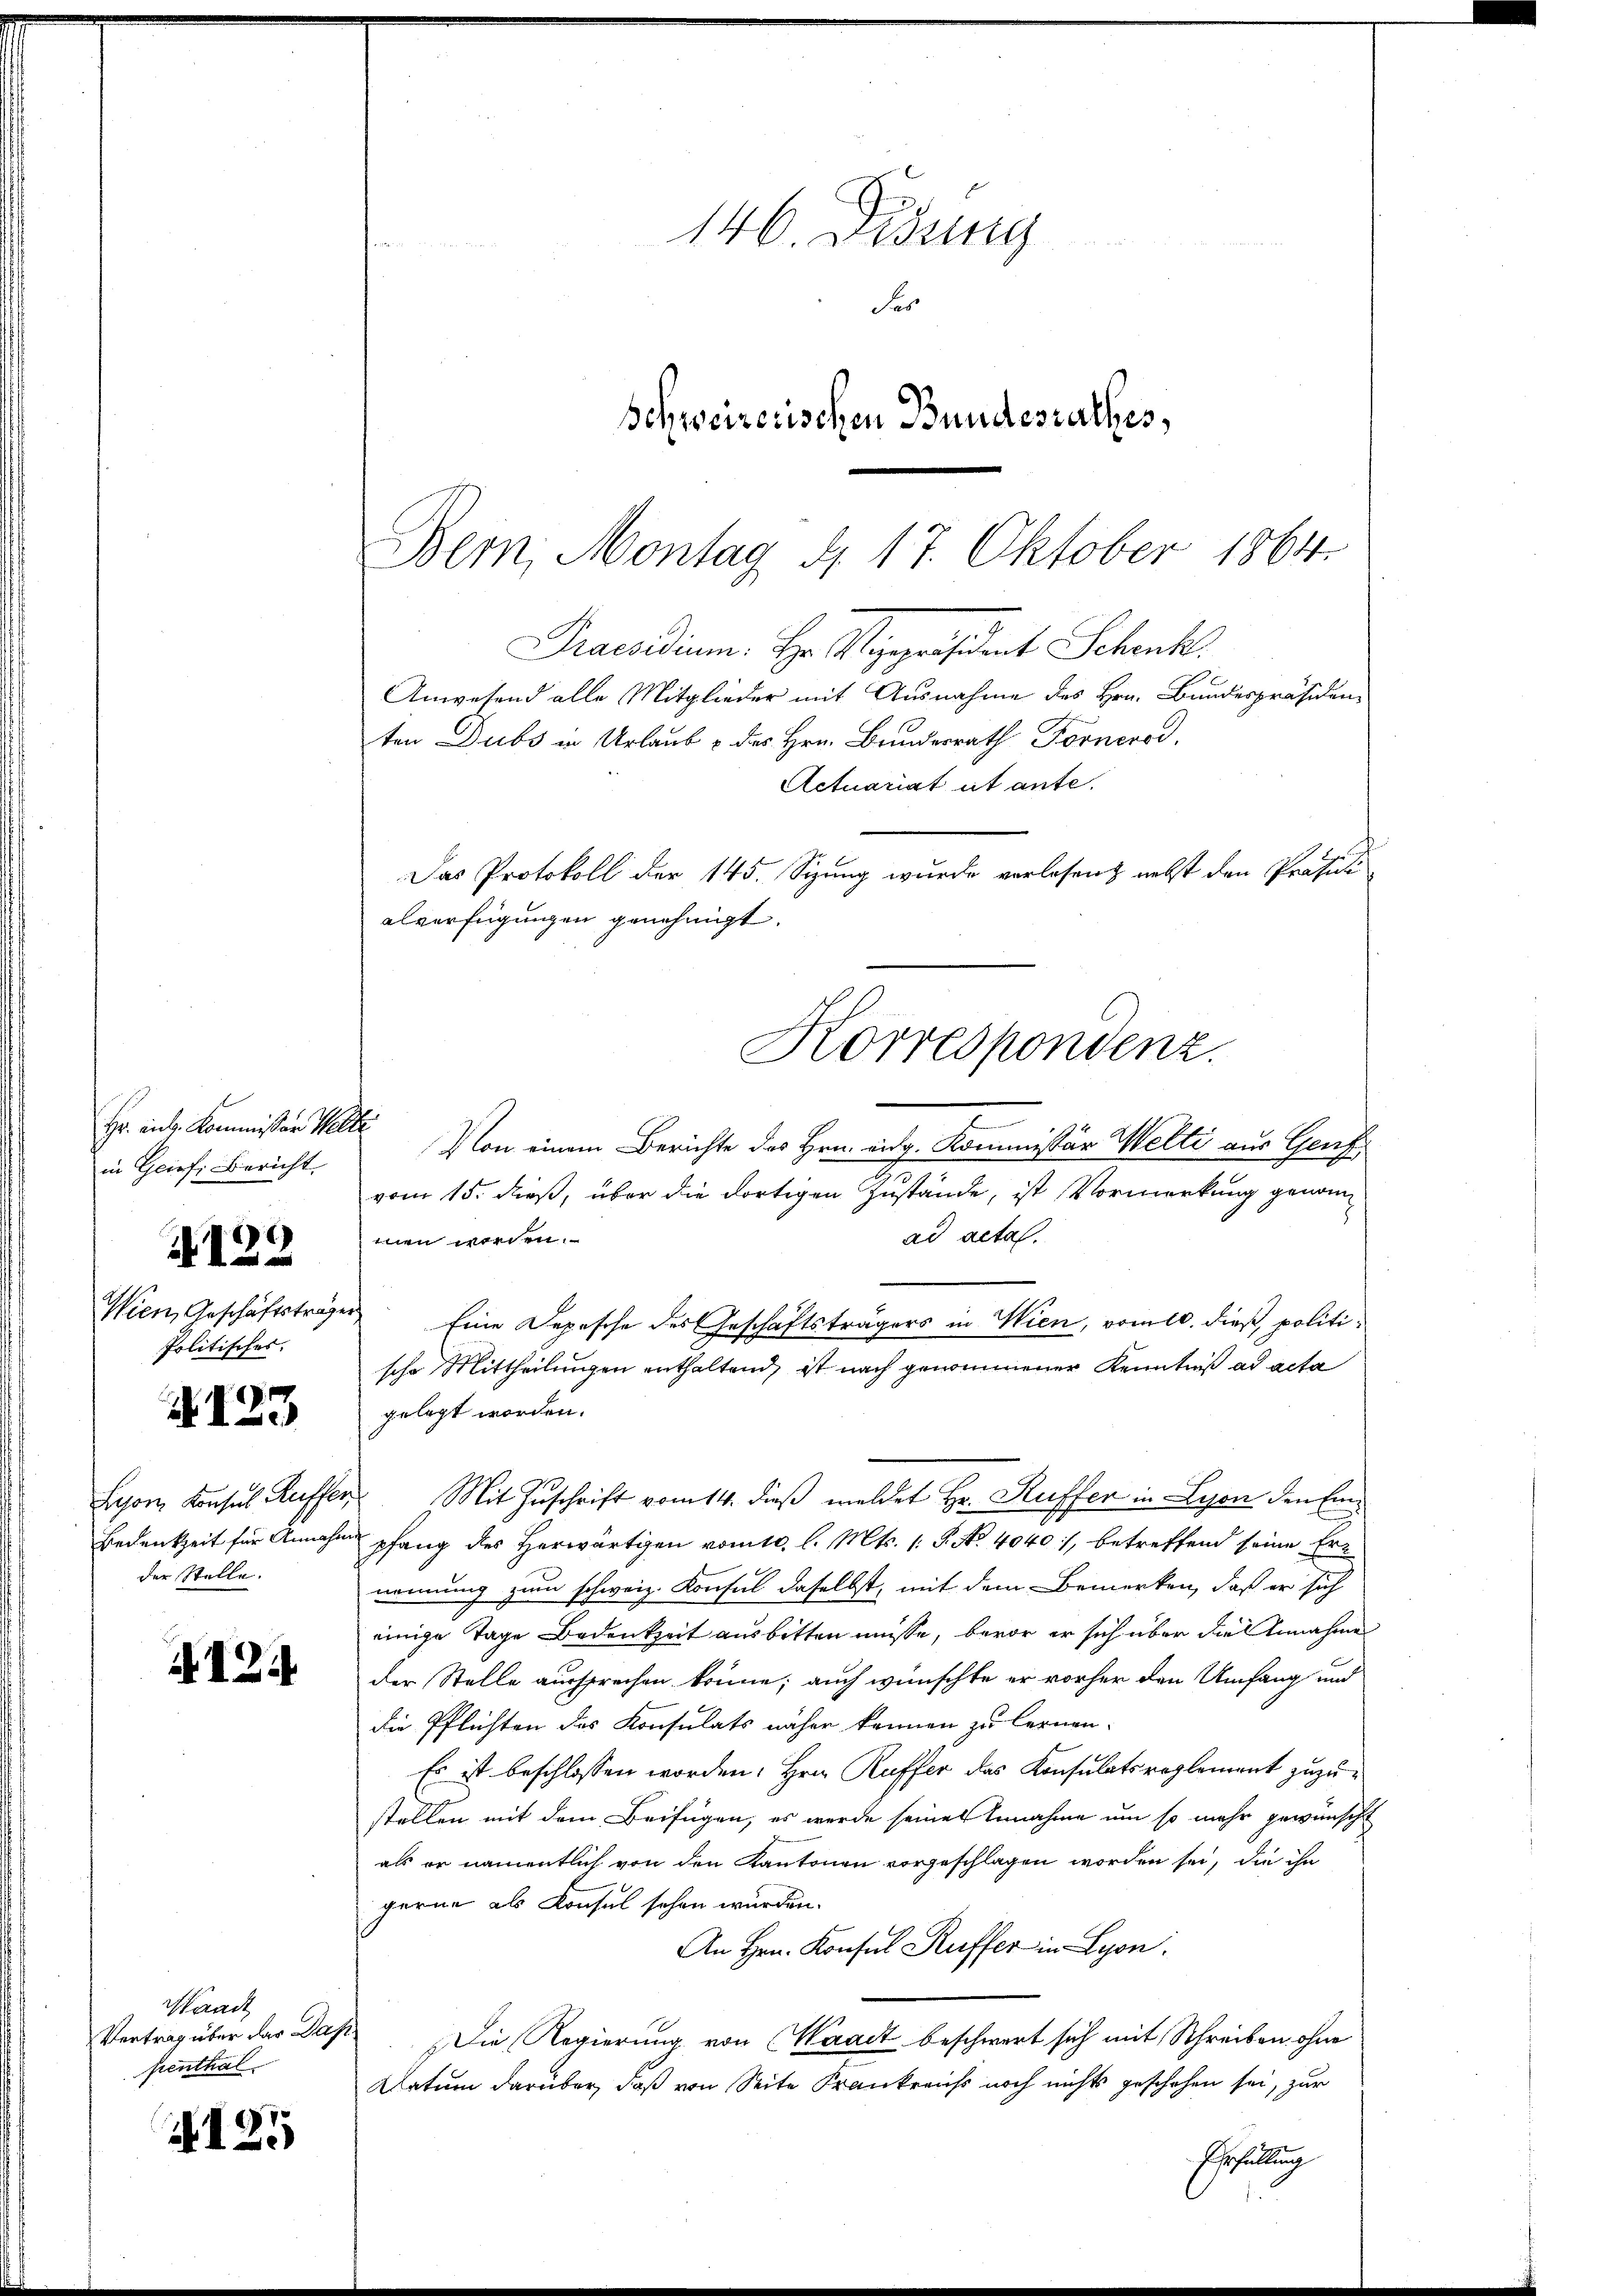
Hr. Ant. Kommissor Welte
in Grief, Bericht.

Wien, Geschäftsträger
Politisches.

)
 1

A123

der Stelle.

124

Handt
Vertrag über das Das
penthal.

A125

146. Didung
des
Schweizerischen Bundesrathes,

Bem, Montag d. 17. Oktober 1864.

Korrespondenz.
.

Praesidium. Hr. Vizepräsident Schenke
Anwesend alle Mitglieder mit Ausnahme des Hrn. Bundespräsidenten Dubs in Urlaub & des Hrn. Bundesrath Fornerod
Actuariat et ante.
Das Protokoll der 145. Sizung wurde verlesen nebst den Professi
alverfügungen genehmigt.

Von einem Berichte des Hrn. eidg. Kommissär Welti aus Genf
vom 15. dieß, über die dortigen Zustände, ist Vormerkung genom
ad acta.
men worden.
Eine Depesche des Geschäftsträgers in Wien, vom 10. dieß, politische Mittheilungen enthaltend, ist nach genommener Kenntniß ad acta
gelegt worden.
Lyon Konsul Kuffer Mit Zuschrift vom 14. dieß meldet Hr. Stuffer in Lyon den Ein¬
Bedenkzeit für Annahme pfang des Herwärtigen vom 10. l. Mts. 1. P. No 4040), betreffend seine Ernennung zum schweiz. Konsul daselbst, mit dem Bemerken, daß er sich
einige Tage Bedenkzeit ausbitten müsse, bevor er sich über die Annahme
der Stelle aussprechen könne; auch wünschte er vorher den Umfang und
die Pflichten des Konsulats näher können zu lernen.
Es ist beschlossen worden. Hrn. Kuffer das Konsulatsreglement zuzustellen mit dem Beifügen, es werde seines Annahme um so mehr gewünscht
als er namentlich von den Kantonen vorgeschlagen worden sei, die ihn
gerne als Konsul sehen wurden.
An Hrn. Konsul Kuffer in Lyon.
h
Die Regierung von Waadt beschwert sich mit Schreiben ohne
Aatum darüber, daß von Seite Frankreicht noch nichts geschehen sei, zur
Erfüllung